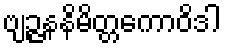
ဗျဉ္ဇနနိမိတ္တကောဝိဒါ